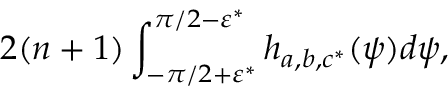
2 ( n + 1 ) \int _ { - \pi / 2 + \varepsilon ^ { * } } ^ { \pi / 2 - \varepsilon ^ { * } } h _ { a , b , c ^ { * } } ( \psi ) d \psi ,